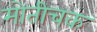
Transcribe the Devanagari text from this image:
मोतीचक